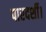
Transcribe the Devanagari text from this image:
पारदर्शी।